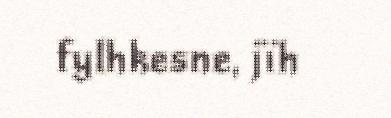
fylhkesne, jïh